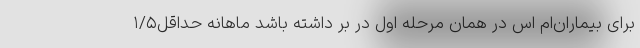
برای بیماران‌ام اس در همان مرحله اول در بر داشته باشد ماهانه حداقل۱/۵